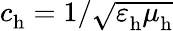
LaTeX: c_{\mathrm{h}}^{}=1/\sqrt{\varepsilon_{\mathrm{h}}^{}\mu_{\mathrm{h}}^{}}